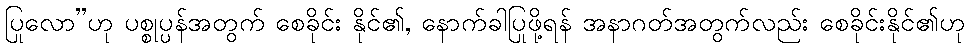
ပြုလော”ဟု ပစ္စုပ္ပန်အတွက် စေခိုင်း နိုင်၏, နောက်ခါပြုဖို့ရန် အနာဂတ်အတွက်လည်း စေခိုင်းနိုင်၏ဟု